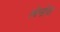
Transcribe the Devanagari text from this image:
लेनोरा